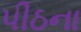
પીઠના